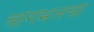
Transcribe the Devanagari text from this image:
चांगभलचा